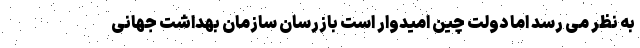
به نظر می رسد اما دولت چین امیدوار است بازرسان سازمان بهداشت جهانی